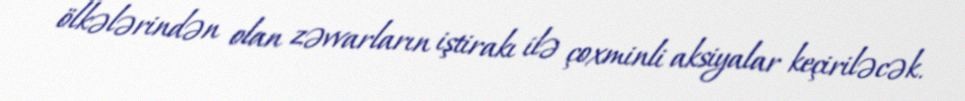
ölkələrindən olan zəvvarların iştirakı ilə çoxminli aksiyalar keçiriləcək.